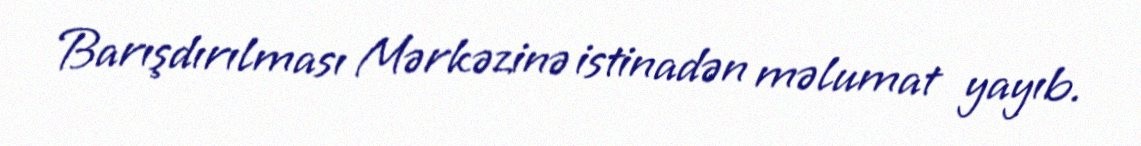
Barışdırılması Mərkəzinə istinadən məlumat yayıb.